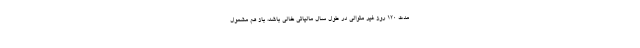
مدت ۱۲۰ روز غیر متوالی در طول سال مالیاتی خالی باشد، باز هم مشمول